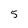
Character: 5